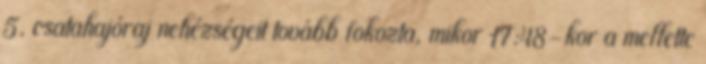
5. csatahajóraj nehézségeit tovább fokozta, mikor 17:48-kor a mellette